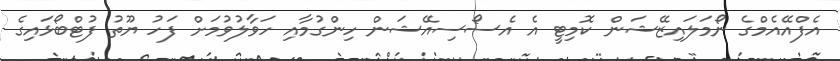
އެފްއޭއެމްގެ ނޯމަލައިޒޭޝަން ކޮމިޓީ އެ އެސޯސިއޭޝަން ހިންގުމާއި ހަވާލުވުމަށް ފަހު ޔޫތު ފުޓްބޯޅައިގެ